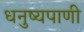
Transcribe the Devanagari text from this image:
धनुष्यपाणी